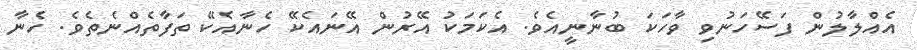
އެއްލާލުން ފަސޭހަނުވި ވާހަކަ ބުނާނީއެވެ. އެކަމަކު އޭރުން އޭނައެކޭ ހެނާއެކޭ ތަފާތެއްނެތެވެ. ހެނާ